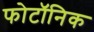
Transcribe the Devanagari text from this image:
फोटॉनिक